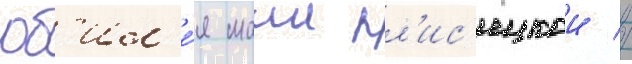
юб'ил'е́я маии пл'ис'ецкои //